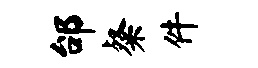
邰粲件